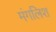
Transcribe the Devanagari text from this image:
मंगलिश